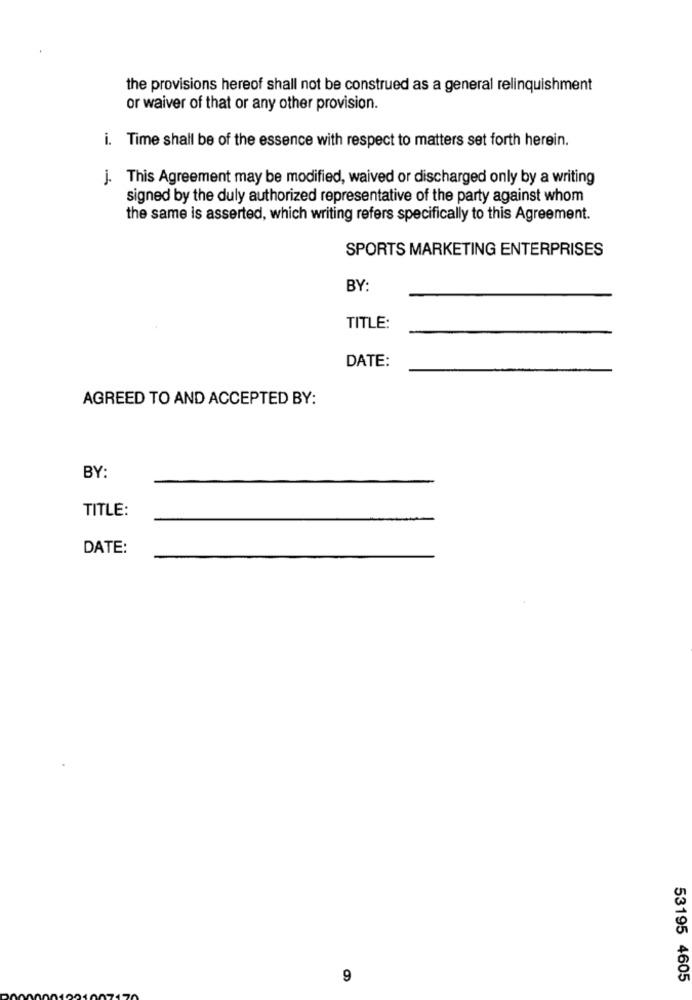
the provisions hereof shall not be construed as a general relinquishment
or waiver of that or any other provision.
i. Time shall be of the essence with respect to matters set forth herein.
j. This Agreement may be modified, waived or discharged only by a writing
signed by the duly authorized representative of the party against whom
the same is asserted, which writing refers specifically to this Agreement.
SPORTS MARKETING ENTERPRISES
BY:
TITLE:
DATE:
AGREED TO AND ACCEPTED BY:
BY:
TITLE:
DATE:
9
53195 4605